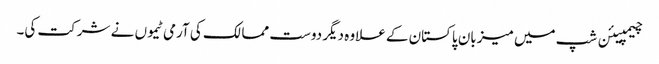
چیمپیئن شپ میں میزبان پاکستان کے علاوہ دیگر دوست ممالک کی آرمی ٹیموں نے شرکت کی۔